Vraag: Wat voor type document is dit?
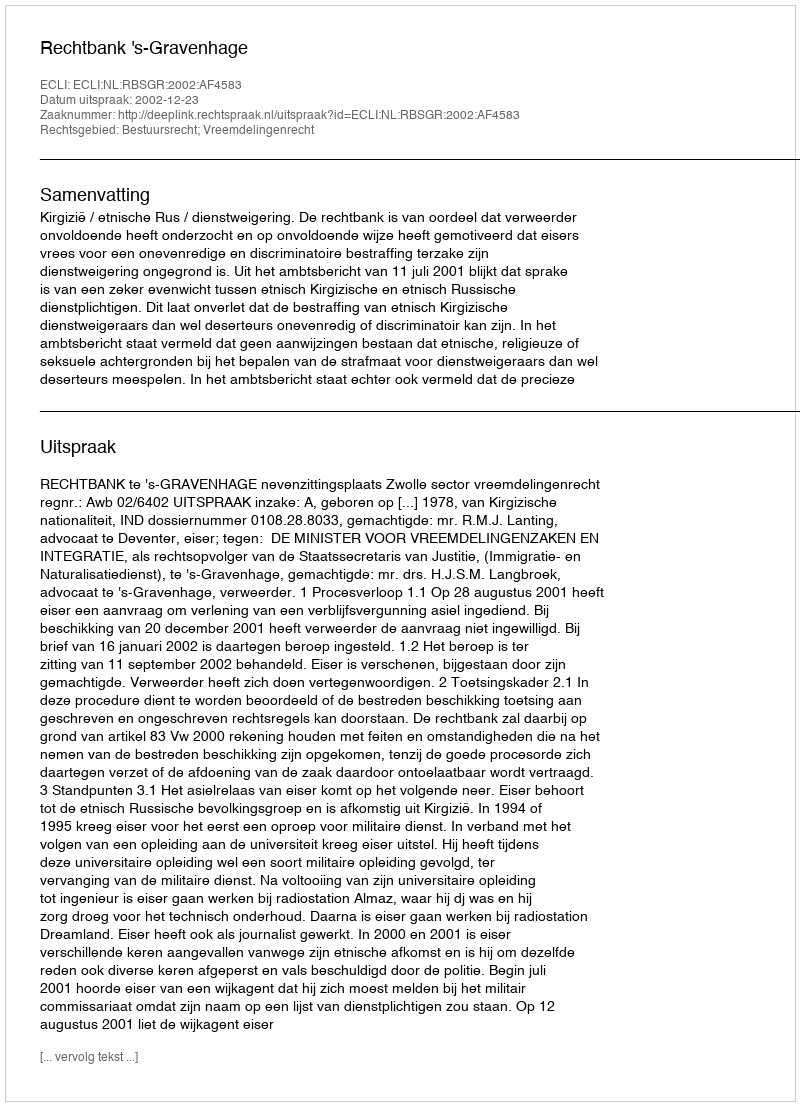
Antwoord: Uitspraak